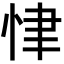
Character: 𢘶